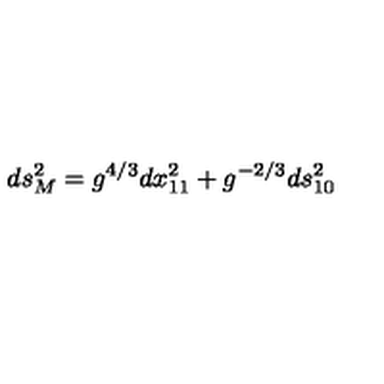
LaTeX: d s _ { M } ^ { 2 } = g ^ { 4 / 3 } d x _ { 1 1 } ^ { 2 } + g ^ { - 2 / 3 } d s _ { 1 0 } ^ { 2 }